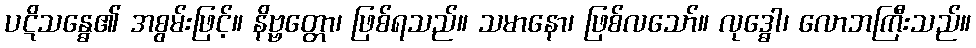
ပဋိသန္ဓေ၏ အစွမ်းဖြင့်။ နိဗ္ဗတ္တော၊ ဖြစ်ရသည်။ သမာနော၊ ဖြစ်လသော်။ လုဒ္ဓေါ၊ လောဘကြီးသည်။